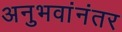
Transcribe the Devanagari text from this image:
अनुभवांनंतर